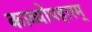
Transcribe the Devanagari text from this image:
काव्योपहारम्